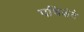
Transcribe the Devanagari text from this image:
पथिकंटे